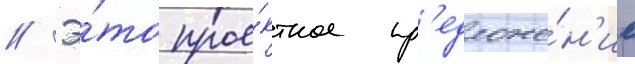
// Э́то прое́ктное пр'едложе́н'ие